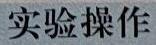
实验操作